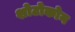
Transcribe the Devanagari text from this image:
शोटोकोन